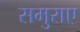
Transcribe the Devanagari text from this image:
समुराए